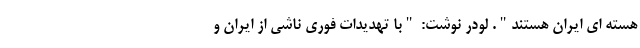
هسته اي ایران هستند". لودر نوشت: "با تهدیدات فوری ناشی از ایران و